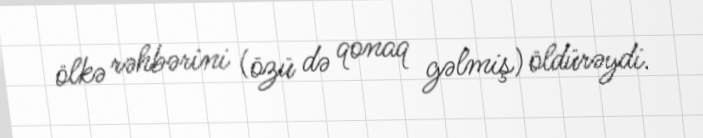
ölkə rəhbərini (özü də qonaq gəlmiş) öldürəydi.